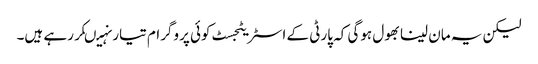
لیکن یہ مان لینا بھول ہوگی کہ پارٹی کے اسٹریٹجسٹ کوئی پروگرام تیار نہیںکررہے ہیں۔